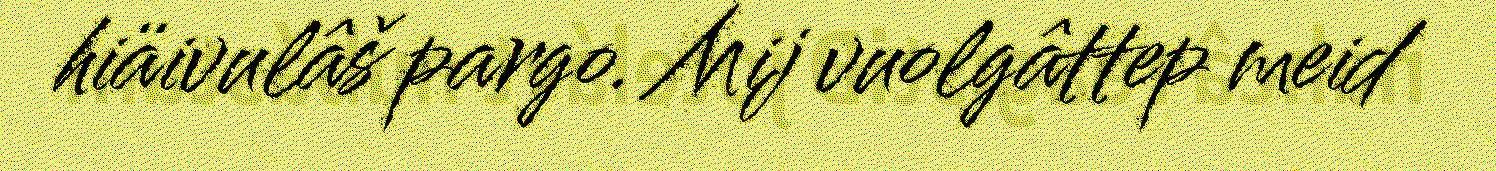
hiäivulâš pargo. Mij vuolgâttep meid